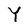
Character: Y